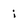
Character: i